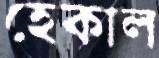
হেকাল